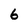
Character: 6